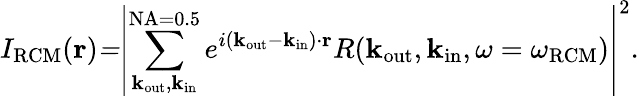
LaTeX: I_{\mathrm{RCM}}(\mathbf{r})\mathit=\left|\sum_{\mathbf k_{\mathrm{out}},\mathbf k_{\mathrm{in}}}^{\mathrm{NA=0.5}}e^{i({\mathbf k}_{\mathrm{out}}-{\mathbf k}_{\mathrm{in}})\cdot{\mathbf r}}R(\mathbf k_{\mathrm{out}},\mathbf k_{\mathrm{in}},\omega=\omega_{\mathrm{RCM}})\right|^{2}.